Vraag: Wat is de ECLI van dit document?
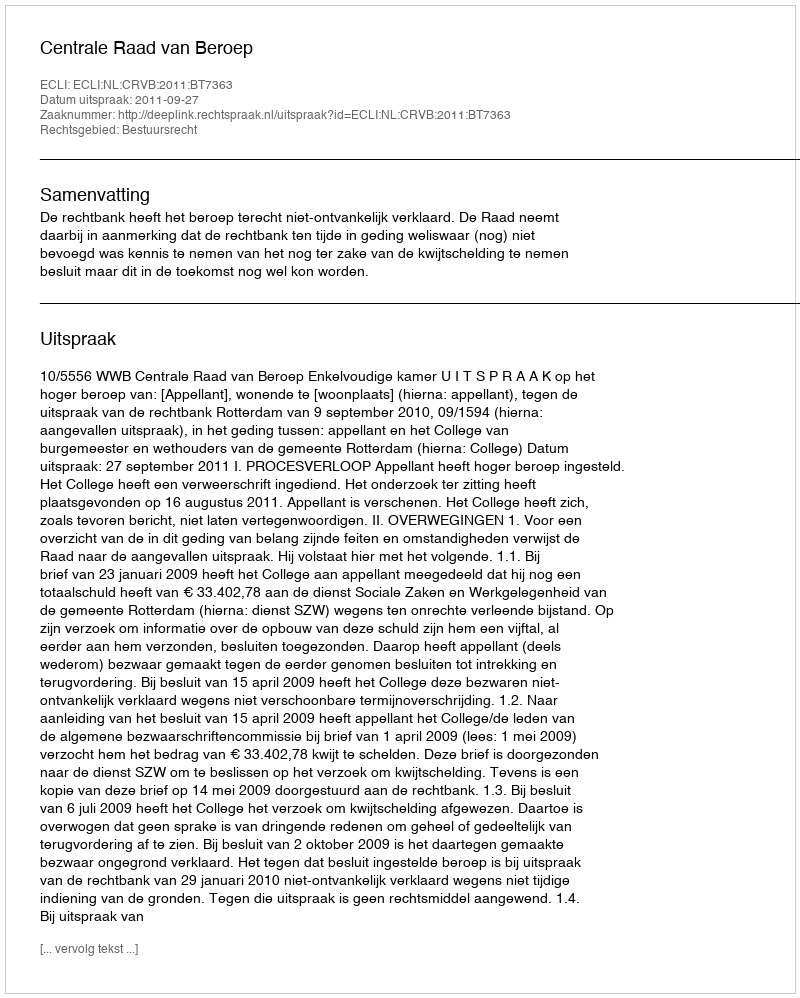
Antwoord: ECLI:NL:CRVB:2011:BT7363